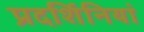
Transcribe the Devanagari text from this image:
प्रदर्शिनियां